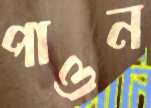
পাওন